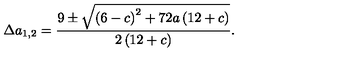
\Delta a _ { 1 , 2 } = \frac { 9 \pm { \sqrt { { \left( 6 - c \right) } ^ { 2 } + 7 2 a \left( 1 2 + c \right) } } } { 2 \left( 1 2 + c \right) } .